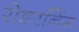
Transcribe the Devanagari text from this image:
रोडरनिंग